Report of the Bombay Plague Committee
Disease focus: Plague
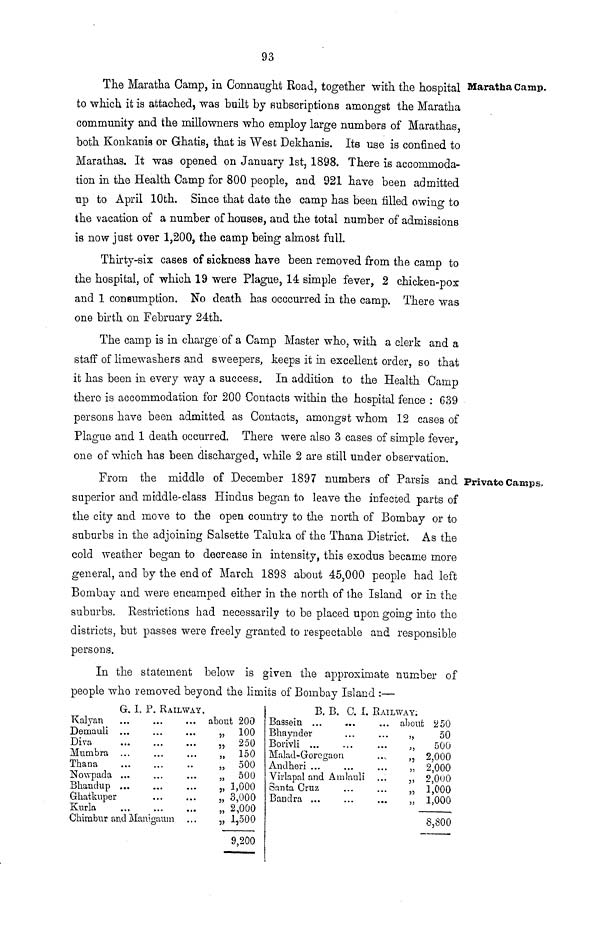
93
Maratha Camp.
The Maratha Camp, in Connaught Road, together with the hospital
to which it is attached, was built by subscriptions amongst the Maratha
community and the millowners who employ large numbers of Marathas,
both Konkanis or Ghatis, that is West Dekhanis. Its use is confined to
Marathas. It was opened on January 1st, 1898. There is accommoda-
tion in the Health Camp for 800 people, and 921 have been admitted
up to April 10th. Since that date the camp has been filled owing to
the vacation of a number of houses, and the total number of admissions
is now just over 1,200, the camp being almost full.
Thirty-six cases of sickness have been removed from the camp to
the hospital, of which 19 were Plague, 14 simple fever, 2 chicken-pox
and 1 consumption. No death has occcurred in the camp. There was
one birth on February 24th.
The camp is in charge of a Camp Master who, with a clerk and a
staff of limewashers and sweepers, keeps it in excellent order, so that
it has been in every way a success. In addition to the Health Camp
there is accommodation for 200 Contacts within the hospital fence : 639
persons have been admitted as Contacts, amongst whom 12 cases of
Plague and 1 death occurred. There were also 3 cases of simple fever,
one of which has been discharged, while 2 are stilt under observation.
Private Camps.
From the middle of December 1897 numbers of Parsis and
superior and middle-class Hindus began to leave the infected parts of
the city and move to the open country to the north of Bombay or to
suburbs in the adjoining Salsette Taluka of the Thana District. As the
cold weather began to decrease in intensity, this exodus became more
general, and by the end of March 189S about 45,000 people had left
Bombay and were encamped either in the north of the Island or in the
suburbs. Restrictions had necessarily to be placed upon going into the
districts, but passes were freely granted to respectable and responsible
persons.
In the statement below is given the approximate number of
people who removed beyond the limits of Bombay Island :—
G I. P RAILWAY.
Kalyan
Demauli
Diva
Mumbra
Thana
Nowpada
Bhandup
Ghatkuper
Kurla
...
..
.
.
.
.
.
Chimbur and Manigaum
about 200
„ 100
„ 250
» 150
„ 500
„ 500
„ 1,000
„ 3,000
„ 2,000
„ 1,500
9,200
B. B. C. Γ. RAILWAY;
Bassein ...
Bhaynder
Borivli ...
Malad-Gorcgaon
Andheri ...
Virlapal and Amlauli
Santa Cruz
Bandra ...
about 250
50
500
„ 2,000
„ 2,000
„ 2,000
„ 1,000
„ 1,000
8,800